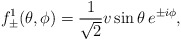
\begin{align*}f_{\pm}^1 ( \theta, \phi) = \frac{1}{\sqrt{2}} v \sin \theta \, e^{\pm i \phi}, \end{align*}